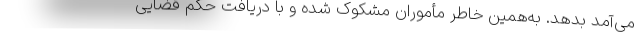
می‌آمد بدهد. به‌همین خاطر مأموران مشکوک شده و با دریافت حکم قضایی